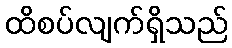
ထိစပ်လျက်ရှိသည်